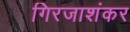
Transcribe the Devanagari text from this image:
गिरजाशंकर